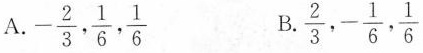
A. - \frac{2}{3}，\frac{1} {6}，\frac{1}{6} B. \frac{2}{3}，-\frac{1}{6}，\frac{1}{6}